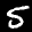
Label: 5